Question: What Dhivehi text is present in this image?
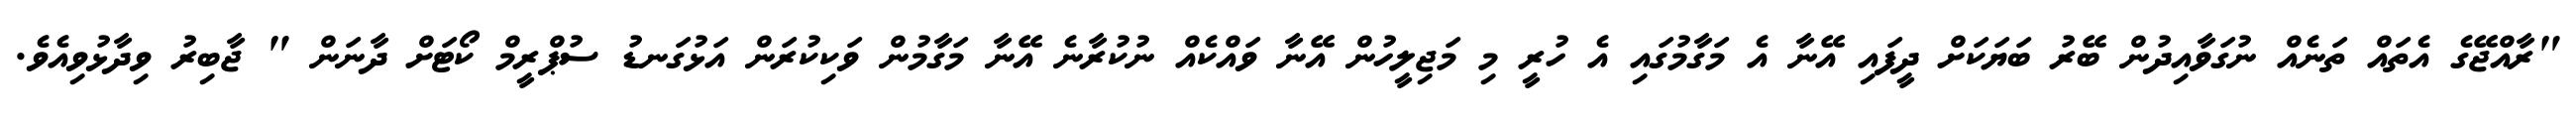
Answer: "ރާއްޖޭގެ އެތައް ތަނެއް ނުގަވާއިދުން ބޭރު ބަޔަކަށް ދީފައި އޭނާ އެ މަގާމުގައި އެ ހުރީ މި މަޖިލީހުން އޭނާ ވައްކެއް ނުކުރާނެ އޭނާ މަގާމުން ވަކިކުރަން އަޅުގަނޑު ސުޕްރީމް ކޯޓަށް ދާނަން " ޖާބިރު ވިދާޅުވިއެވެ.